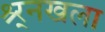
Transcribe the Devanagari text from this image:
श्र्र्नखला